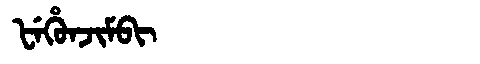
Manchu: ᡶᡝᡥᡠᠨᠵᡳᠮᠪᡳ
Romanization: FEHUNJIMBI